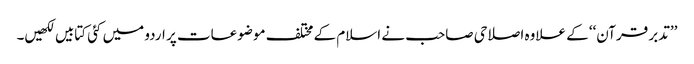
’’تدبر قرآن‘‘ کے علاوہ اصلاحی صاحب نے اسلام کے مختلف موضوعات پر اردو میں کئی کتابیں لکھیں۔